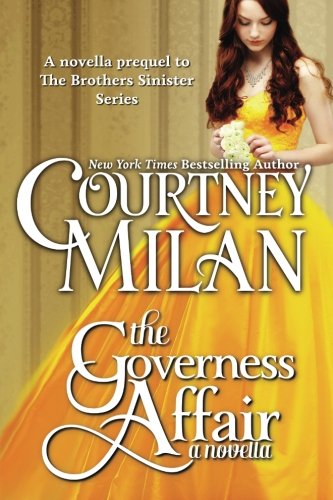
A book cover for The Governess Affair (The Brothers Sinister); Courtney Milan; Romance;